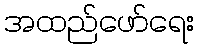
အထည်ဖော်ရေး